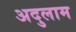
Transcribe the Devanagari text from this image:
अदुलाम